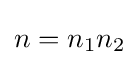
{\textstyle n=n_{1}n_{2}}